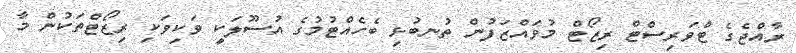
ރާއްޖެގެ ޓްވަރިސްޓް ރިޒޯޓް މުވައްޒަފުން ތުނބުޅި ބެހެއްޓުމުގެ އުސޫލަކީ ވަކިވަކި ރިޒޯޓްތަކުން މާ